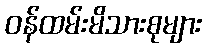
ဝန်ထမ်းမိသားစုများ